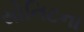
સોનિટના